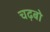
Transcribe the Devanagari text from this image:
चढ़बो